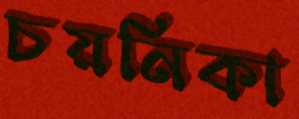
চয়নিকা